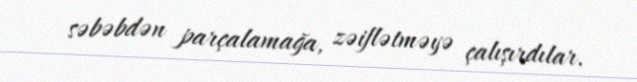
səbəbdən parçalamağa, zəiflətməyə çalışırdılar.